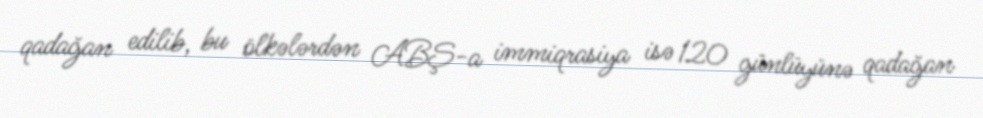
qadağan edilib, bu ölkələrdən ABŞ-a immiqrasiya isə 120 günlüyünə qadağan